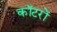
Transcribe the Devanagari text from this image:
कॉटरों